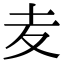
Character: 𡕟